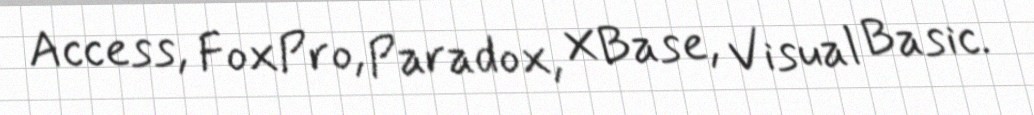
Access, FoxPro, Paradox, XBase, Visual Basic.